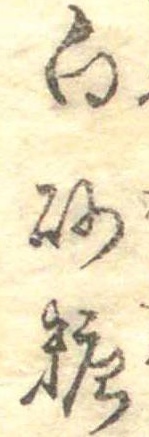
白砂糖